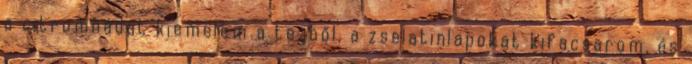
a citromnádat kiemelem a tejből, a zselatinlapokat kifacsarom, és